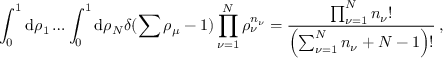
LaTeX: \int _ { 0 } ^ { 1 } \mathrm { d } \rho _ { 1 } \ldots \int _ { 0 } ^ { 1 } \mathrm { d } \rho _ { N } \delta ( \sum \rho _ { \mu } - 1 ) \prod _ { \nu = 1 } ^ { N } \rho _ { \nu } ^ { n _ { \nu } } = \frac { \prod _ { \nu = 1 } ^ { N } n _ { \nu } ! } { \left( \sum _ { \nu = 1 } ^ { N } n _ { \nu } + N - 1 \right) ! } \: ,